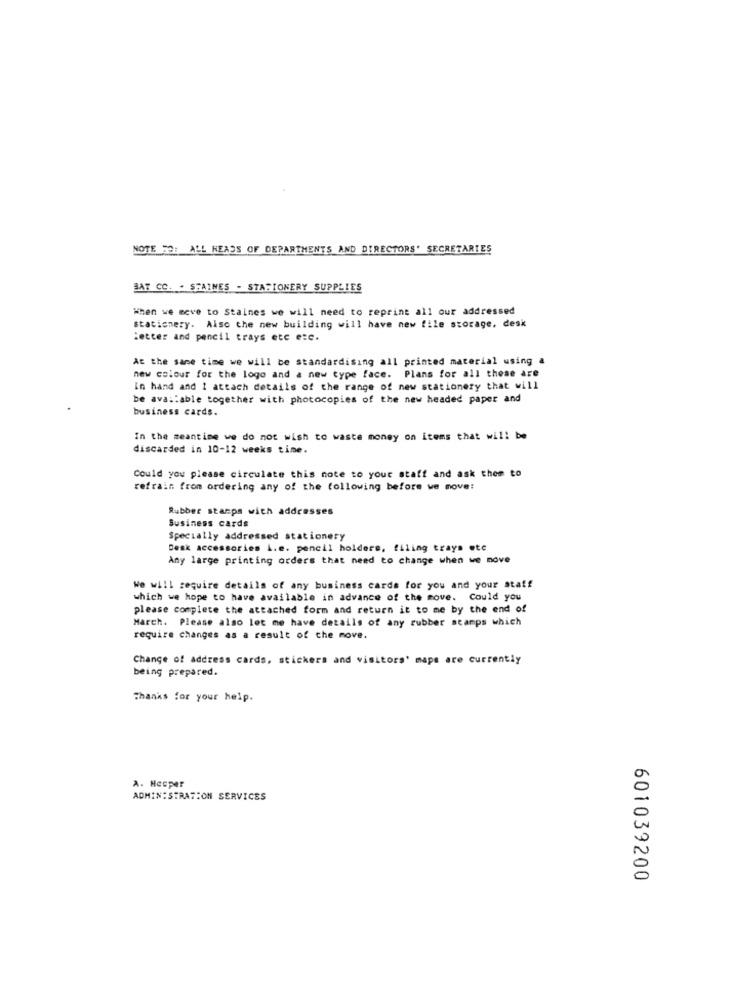
NOTE HO: ALL HEADS OF DEPARTMENTS AND DIRECTORS' SECRETARIES
BAT CC. . SHAINES - STATIONERY SUPPLIES
When we move to Staines we will need to reprint all our addressed
stationery. Also the new building will have new file storage, desk
letter and pencil trays etc etc.
At the same time we will be standardising all printed material using a
new colour for the logo and a new type face. Plans for all these are
in hand and I attach details of the range of new stationery that will
be available together with photocopies of the new headed paper and
business cards.
In the meantime we do not wish to waste money on items that will be
discarded in 10-12 weeks time.
Could you please circulate this note to your staff and ask them to
refrain from ordering any of the following before we move:
Rubber stamps with addresses
Business cards
Specially addressed stationery
Desk accessories i.e. pencil holdere, filing trays ete
Any large printing orders that need to change when we nove
We will require details of any business cards for you and your staff
which we hope to have available in advance of the move. Could you
please complete the attached form and return it to me by the end of
March. Please also let me have details of any rubber stamps which
require changes as a result of the move.
Change of address cards, stickers and visitors' maps are currently
being prepared.
Thanks for your help.
A. Hooper
ADMINISTRATION SERVICES
601039200